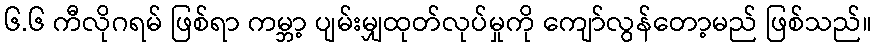
၆.၆ ကီလိုဂရမ် ဖြစ်ရာ ကမ္ဘာ့ ပျမ်းမျှထုတ်လုပ်မှုကို ကျော်လွန်တော့မည် ဖြစ်သည်။